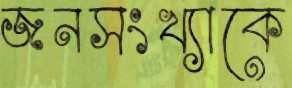
জনসংখ্যাকে